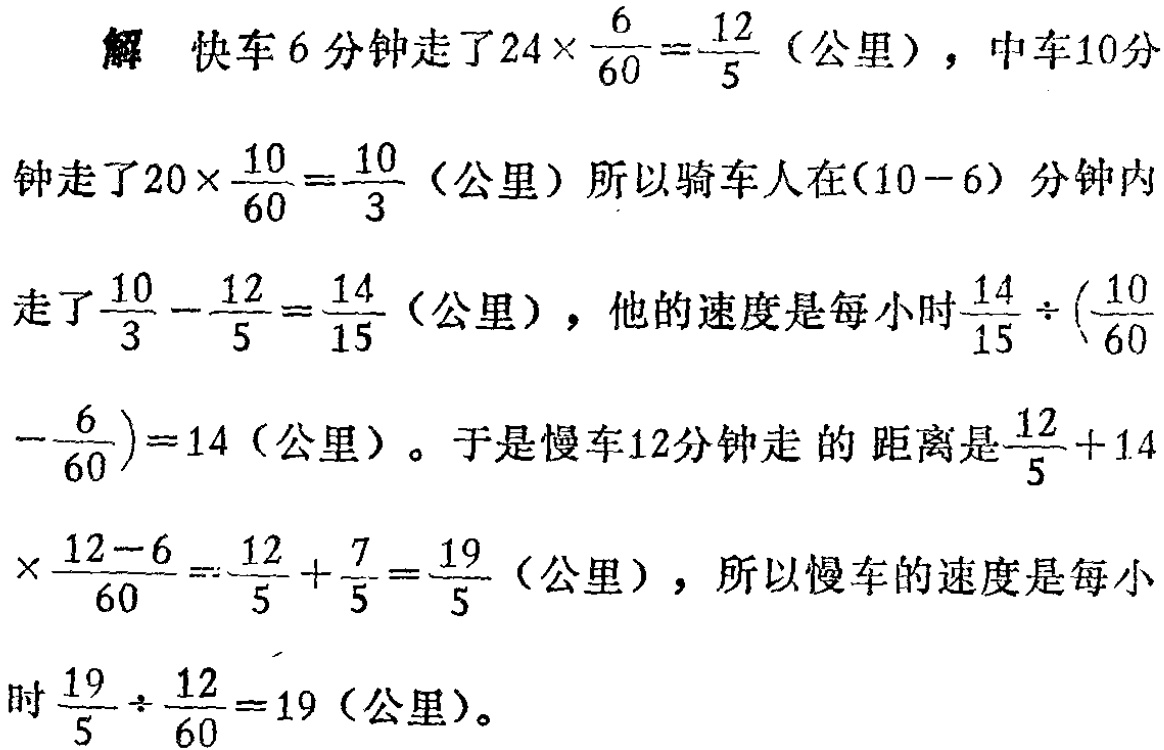
解 快车6分钟走了\(24\times\frac{6}{60}=\frac{12}{5}\)（公里），中车10分
钟走了\(20\times\frac{10}{60}=\frac{10}{3}\)（公里）所以骑车人在\((10 - 6)\)分钟内
走了\(\frac{10}{3}-\frac{12}{5}=\frac{14}{15}\)（公里），他的速度是每小时\(\frac{14}{15}\div(\frac{10}{60}
-\frac{6}{60}) = 14\)（公里）。于是慢车12分钟走的距离是\(\frac{12}{5}+14\)
\(\times\frac{12 - 6}{60}=\frac{12}{5}+\frac{7}{5}=\frac{19}{5}\)（公里），所以慢车的速度是每小
时\(\frac{19}{5}\div\frac{12}{60}=19\)（公里）。